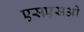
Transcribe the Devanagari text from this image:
एसएसओ